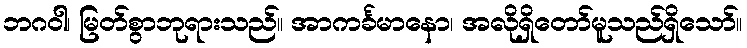
ဘဂဝါ၊ မြတ်စွာဘုရားသည်။ အာကင်္ခမာနော၊ အလိုရှိတော်မူသည်ရှိသော်။